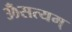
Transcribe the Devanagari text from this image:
ॐसत्यम्